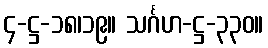
၄-ဋ္ဌ-၁၈၊၁၉။ သင်္ဂဟ-ဋ္ဌ-၃၃၀။